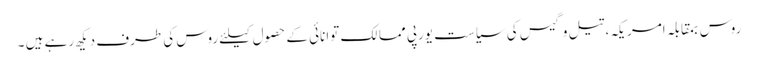
روس بمقابلہ امریکہ، تیل و گیس کی سیاست یورپی ممالک توانائی کے حصول کیلئے روس کی طرف دیکھ رہے ہیں ۔